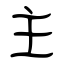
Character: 主